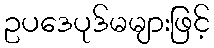
ဥပဒေပုဒ်မများဖြင့်